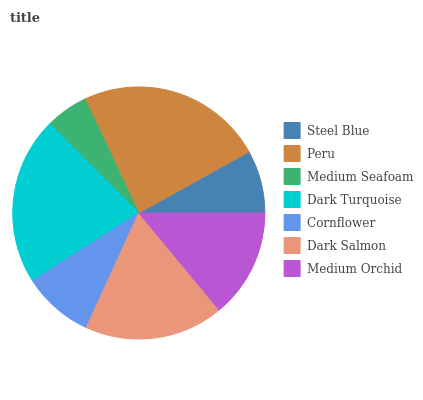
| Steel Blue | Peru | Medium Seafoam | Dark Turquoise | Cornflower | Dark Salmon | Medium Orchid |
 | --- | --- | --- | --- | --- | --- | --- |
 | 8.07% | 24% | 5.44% | 21.5% | 9.14% | 17.8% | 14% |